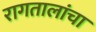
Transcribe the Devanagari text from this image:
रागतालांचा